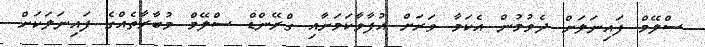
ސްލޭމް ފައިނަލަށް ދެވުމުން އެކަމާ ވަރަށް އުފާވާކަމަށާއި ގްރޭންޑް ސްލޭމް މުބާރާތެއްގެ ފައިނަލަކަށް